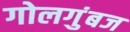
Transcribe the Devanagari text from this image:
गोलगुंबज